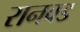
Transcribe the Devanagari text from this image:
रानवड